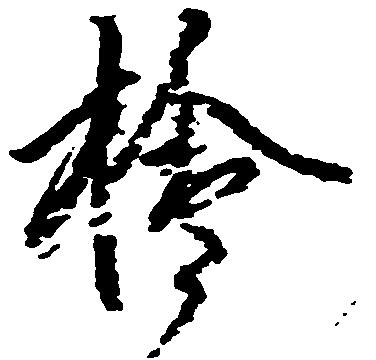
檜